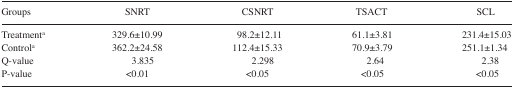
| Groups | SNRT | CSNRT | TSACT | SCL |
 | --- | --- | --- | --- | --- |
 | Treatmenta | 329.6±10.99 | 98.2±12.11 | 61.1±3.81 | 231.4±15.03 |
 | Controla | 362.2±24.58 | 112.4±15.33 | 70.9±3.79 | 251.1±1.34 |
 | Q-value | 3.835 | 2.298 | 2.64 | 2.38 |
 | P-value | <0.01 | <0.05 | <0.05 | <0.05 |